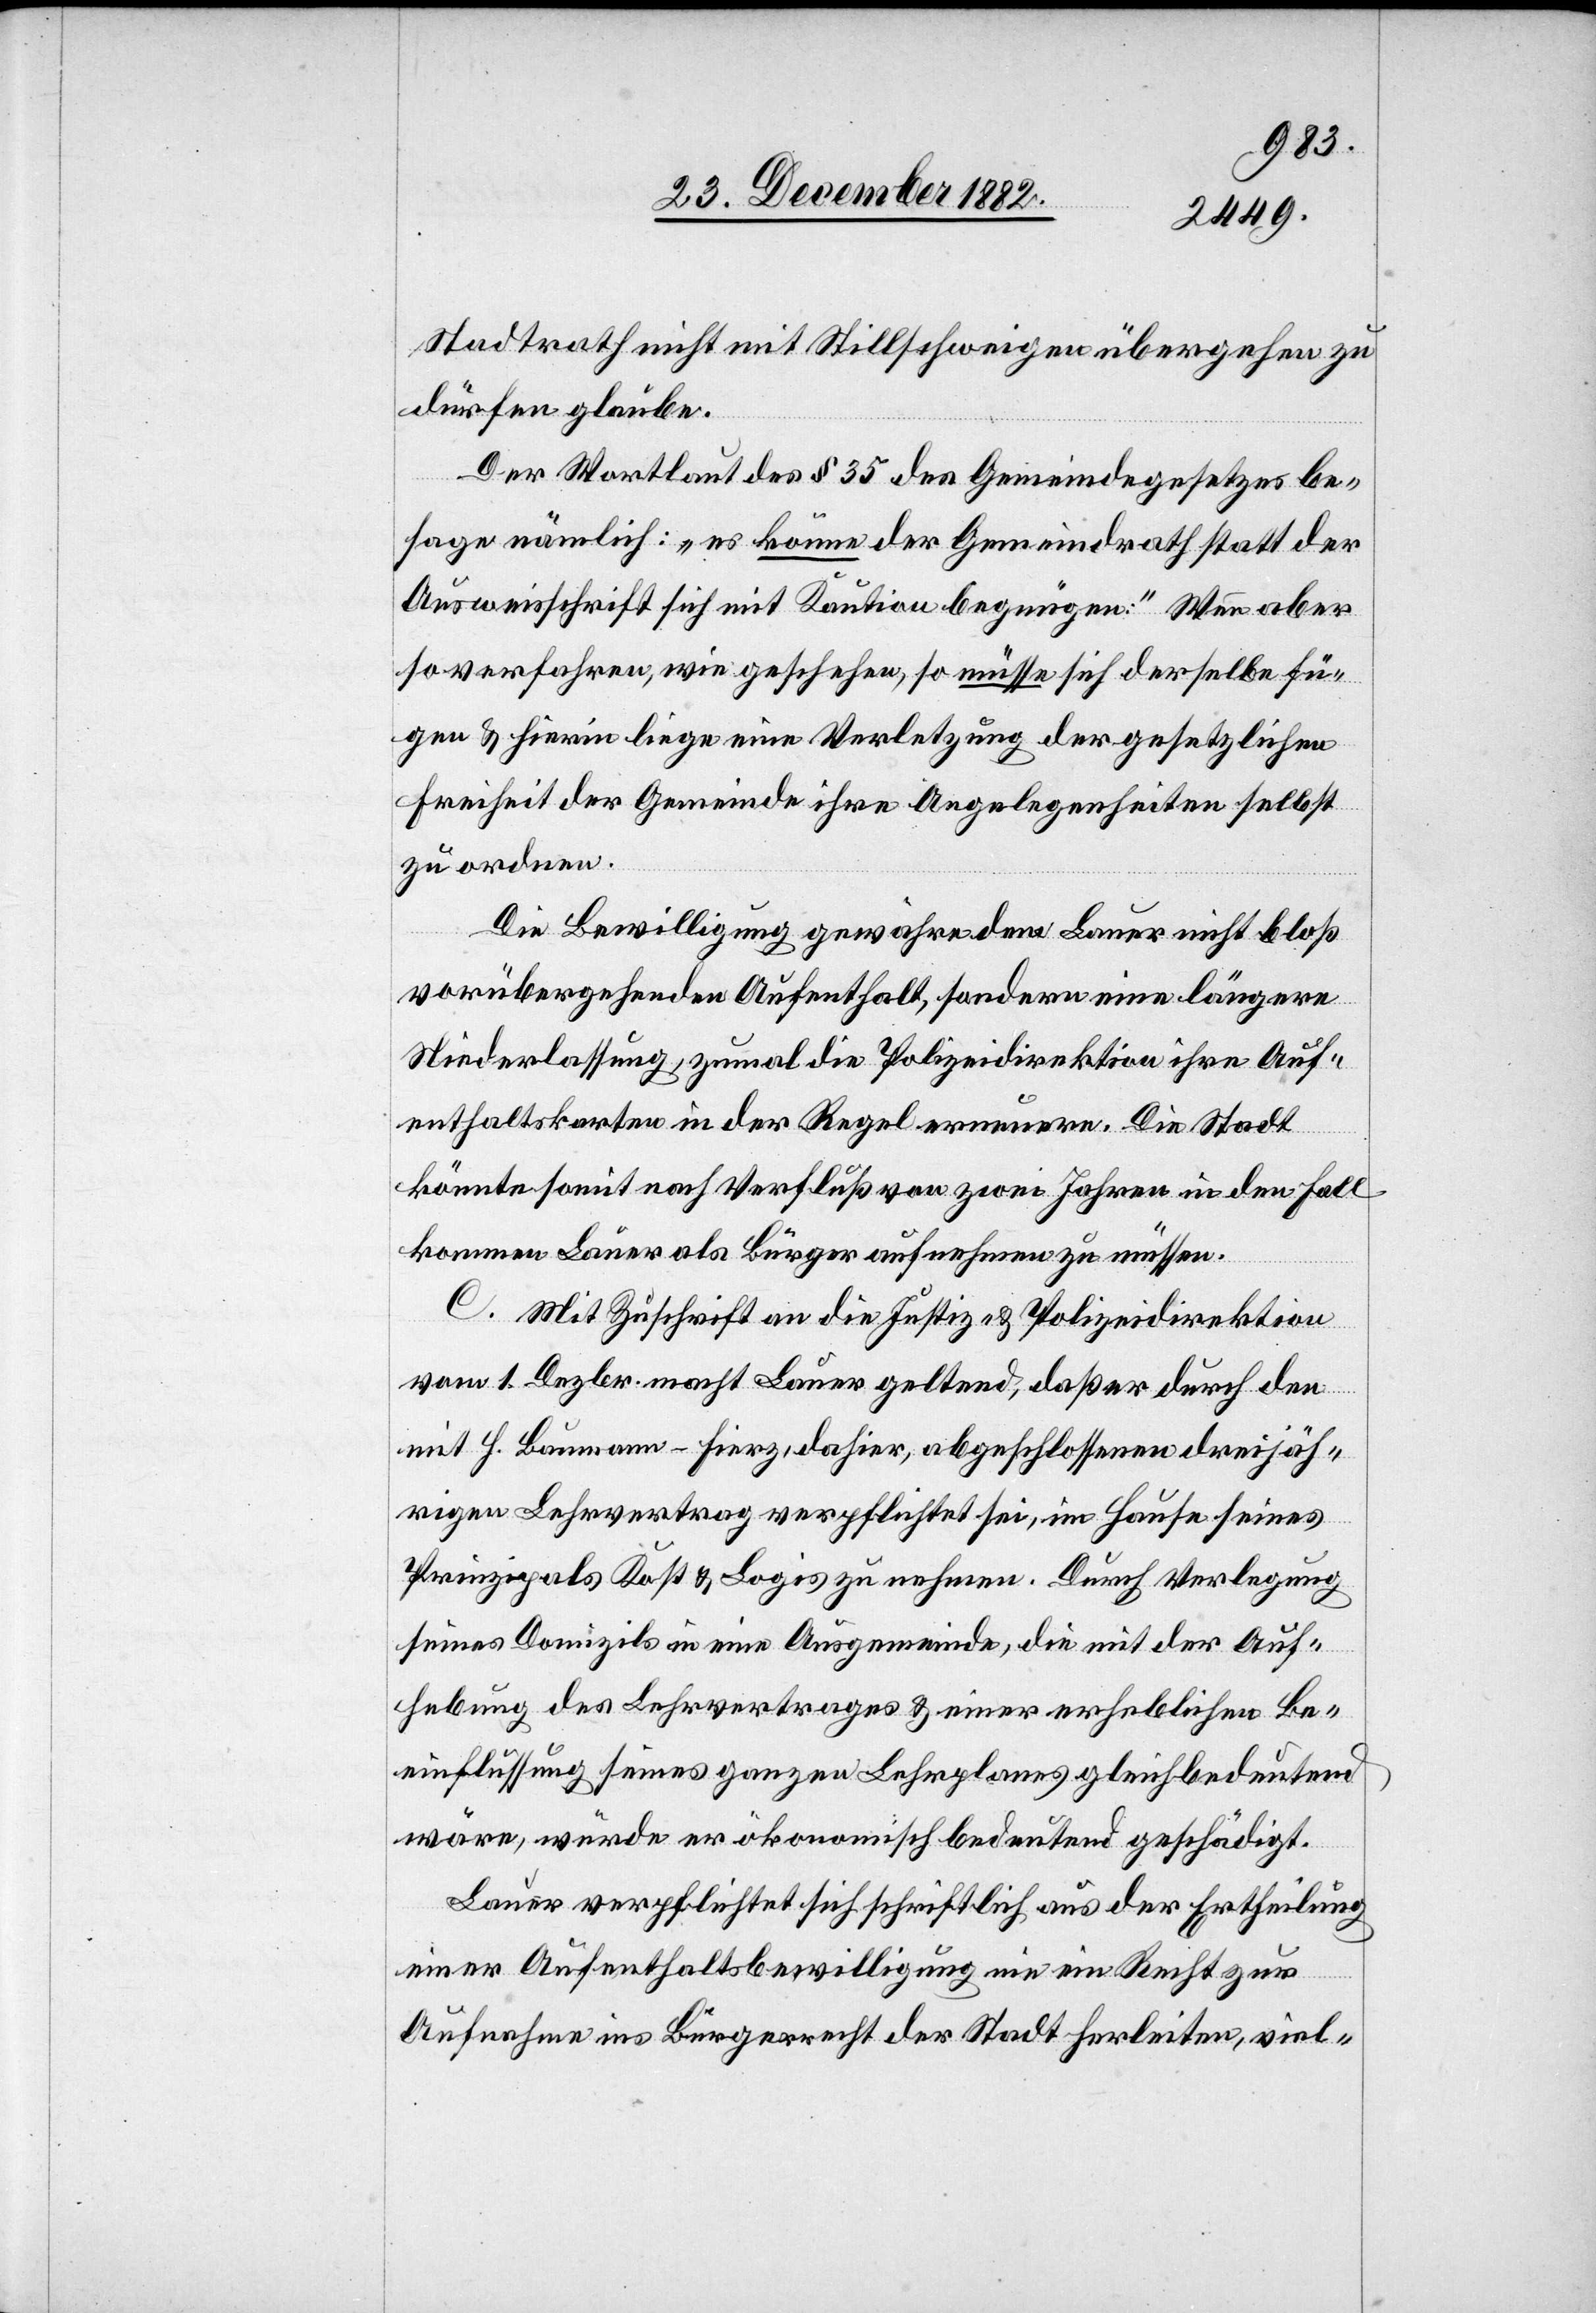
Stadtrath nicht mit Stillschweigen übergehen zu
dürfen glaube.
Der Wortlaut des § 35 des Gemeindegesetzes be¬
sage nämlich: „es könne der Gemeindrath statt der
Ausweisschrift sich mit Kaution begnügen.“ Wenn aber
so verfahren, wie geschehen, so müsse sich derselbe fü¬
gen & hierin liege eine Verletzung der gesetzlichen
Freiheit der Gemeinde ihre Angelegenheiten selbst
zu ordnen.
Die Bewilligung gewähre dem Lauer nicht bloß
vorübergehenden Aufenthalt, sondern eine längere
Niederlassung, zumal die Polizeidirektion ihre Auf¬
enthaltskarten in der Regel erneuere. Die Stadt
könnte somit nach Verfluß von zwei Jahren in den Fall
kommen Lauer als Bürger aufnehmen zu müssen.
C. Mit Zuschrift an die Justiz- & Polizeidirektion
vom 1. Dezbr. macht Lauer geltend, daß er durch den
mit H. Baumann-Fierz, dahier, abgeschlossenen dreijäh¬
rigen Lehrvertrag verpflichtet sei, im Hause seines
Prinzipals Kost & Logis zu nehmen. Durch Verlegung
seines Domizils in eine Ausgemeinde, die mit der Auf¬
hebung des Lehrvertrages & einer erheblichen Be¬
einflussung seines ganzen Lehrplanes gleichbedeutend
wäre, würde er ökonomisch bedeutend geschädigt.
Lauer verpflichtet sich schriftlich aus der Ertheilung
einer Aufenthaltsbewilligung nie ein Recht zur
Aufnahme ins Bürgerrecht der Stadt herleiten, viel-